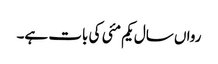
رواں سال یکم مئی کی بات ہے۔